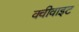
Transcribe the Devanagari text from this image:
क्वीवाइट